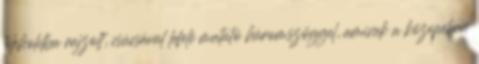
teleholdba rajzolt, csúcsával lefelé mutató háromszöggel, aminek a közepében